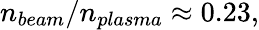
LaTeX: n_{beam}/n_{plasma}\approx 0.23,